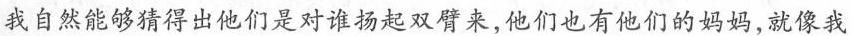
我自然能够猜得出他们是对谁扬起双臂来，他们也有他们的妈妈，就像我